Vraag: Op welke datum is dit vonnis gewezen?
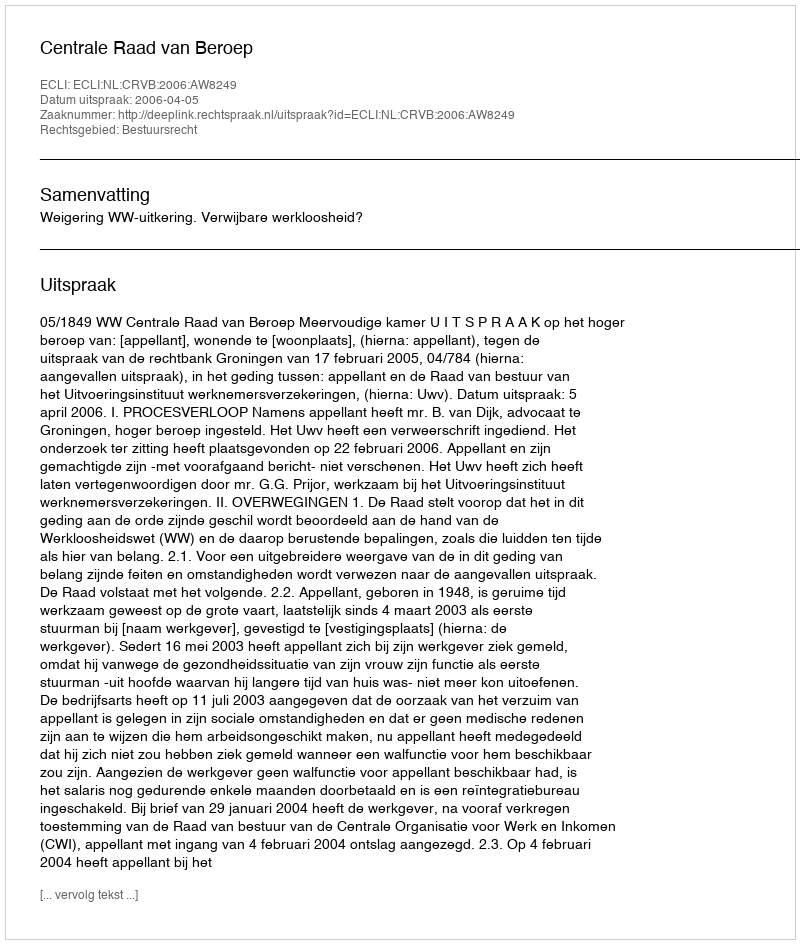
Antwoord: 2006-04-05